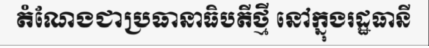
តំណែងជាប្រធានាធិបតីថ្មី នៅក្នុងរដ្ឋធានី